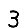
Digit: 3